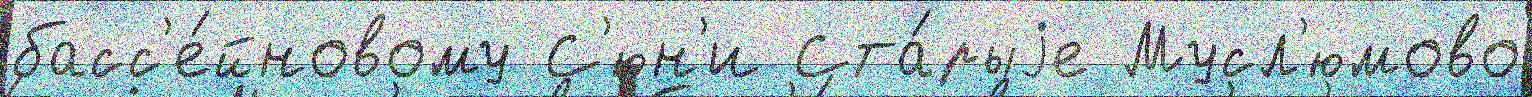
басс'е́йновому С'юн'и Ста́рыjе Мусл'юмово